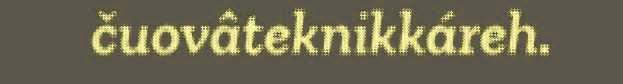
čuovâteknikkáreh.